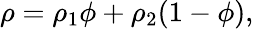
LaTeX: \rho=\rho_{1}\phi+\rho_{2}(1-\phi),